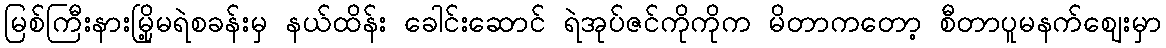
မြစ်ကြီးနားမြို့မရဲစခန်းမှ နယ်ထိန်း ခေါင်းဆောင် ရဲအုပ်ဇင်ကိုကိုက မိတာကတော့ စီတာပူမနက်ဈေးမှာ